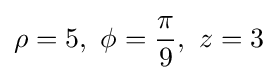
\rho =5,\ \phi ={\pi  \over 9},\ z=3